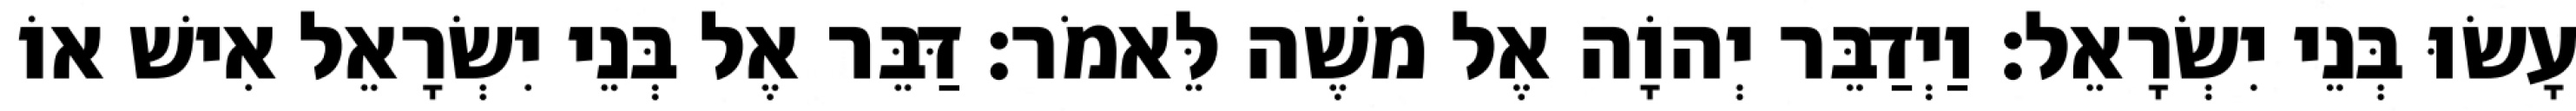
עָשׂוּ בְּנֵי יִשְׂרָאֵל׃ וַיְדַבֵּר יְהוָֹה אֶל משֶׁה לֵּאמֹר׃ דַּבֵּר אֶל בְּנֵי יִשְׂרָאֵל אִישׁ אוֹ